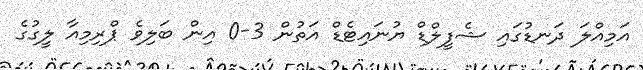
އަމިއްލަ ދަނޑުގައި ޝެފީލްޑް ޔުނައިޓެޑް އަތުން 3-0 އިން ބަލިވެ ޕްރިމިއާ ލީގުގެ